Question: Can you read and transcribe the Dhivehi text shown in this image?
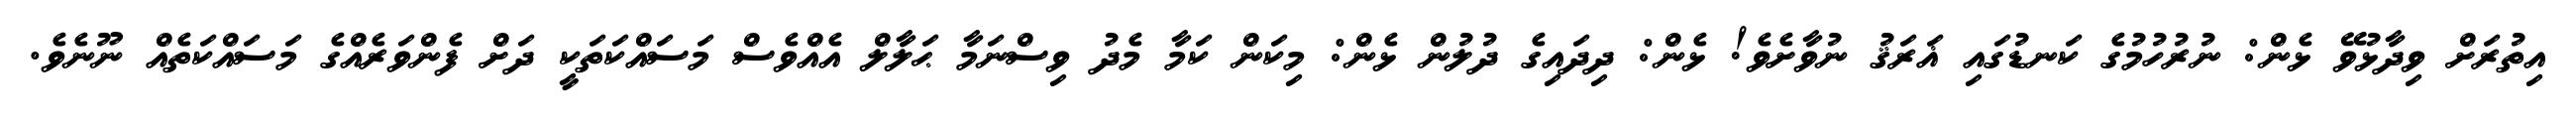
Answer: އިތުރަށް ވިދާޅުވޭ ޅެން: ނުރުހުމުގެ ކަނޑުގައި ޣަރަޤު ނުވާށެވެ! ޅެން: ދިދައިގެ ދުލުން ޅެން: މިކަން ކަމާ މެދު ވިސްނަމާ ޙަލާލް އެއްވެސް މަސައްކަތަކީ ދަށް ފެންވަރެއްގެ މަސައްކަތެއް ނޫނެވެ.